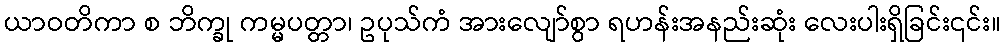
ယာဝတိကာ စ ဘိက္ခု ကမ္မပတ္တာ၊ ဥပုသ်ကံ အားလျော်စွာ ရဟန်းအနည်းဆုံး လေးပါးရှိခြင်း၎င်း။